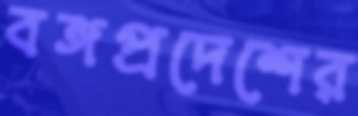
বঙ্গপ্রদেশের